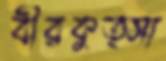
বীরকুত্সা